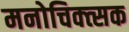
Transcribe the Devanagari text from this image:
मनोचिक्त्सक